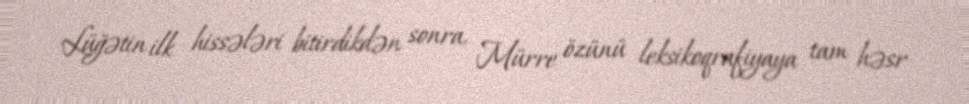
Lüğətin ilk hissələri bitirdikdən sonra, Mürre özünü leksikoqrafiyaya tam həsr